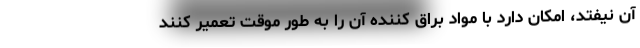
آن نیفتد، امکان دارد با مواد براق کننده آن را به طور موقت تعمیر کنند